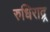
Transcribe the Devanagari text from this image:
रुधिराद्र्र